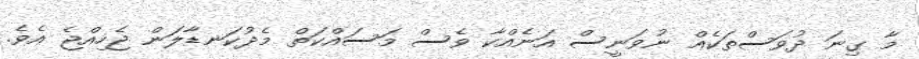
މާ ގިނަ ދުވަސްތަކެއް ނުވަނީސް އަނެއްކާ ވެސް މަސައްކަތް މެދުކަނޑާލަން ޖެހިއްޖެ އެވެ.